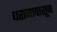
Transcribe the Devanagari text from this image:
धराणापासून